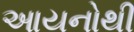
આયનોથી